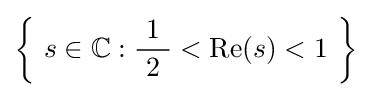
\left\{\ s\in \mathbb {C} :{\frac {\ 1\ }{2}}<\operatorname {\mathrm {Re} } (s)<1\ \right\}